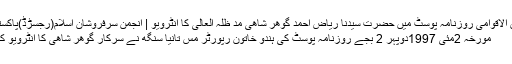
بین الاقوامی روزنامہ پوسٹ میں حضرت سیّدنا ریاض احمد گوھر شاھی مد ظلہ العالی کا انٹرویو | انجمن سرفروشانِ اسلام(رجسڑڈ)پاکستان
مورخہ 2مئی 1997دوپہر 2 بجے روزنامہ پوسٹ کی ہندو خاتون رپورٹر مس تانیا سنگھ نے سرکار گوھر شاھی کا انٹرویو کیا ۔